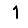
Digit: 1